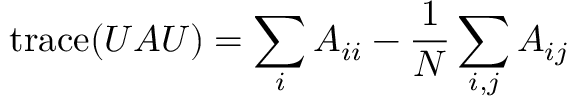
\mathrm { t r a c e } ( U A U ) = \sum _ { i } { A _ { i i } } - \frac { 1 } { N } \sum _ { i , j } { A _ { i j } }